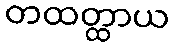
တထတ္ထာယ